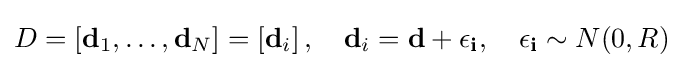
D=\left[\mathbf {d} _{1},\ldots ,\mathbf {d} _{N}\right]=\left[\mathbf {d} _{i}\right],\quad \mathbf {d} _{i}=\mathbf {d} +\mathbf {\epsilon _{i}} ,\quad \mathbf {\epsilon _{i}} \sim N(0,R)